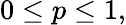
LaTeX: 0\leq p\leq 1,